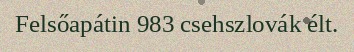
Felsőapátin 983 csehszlovák élt.